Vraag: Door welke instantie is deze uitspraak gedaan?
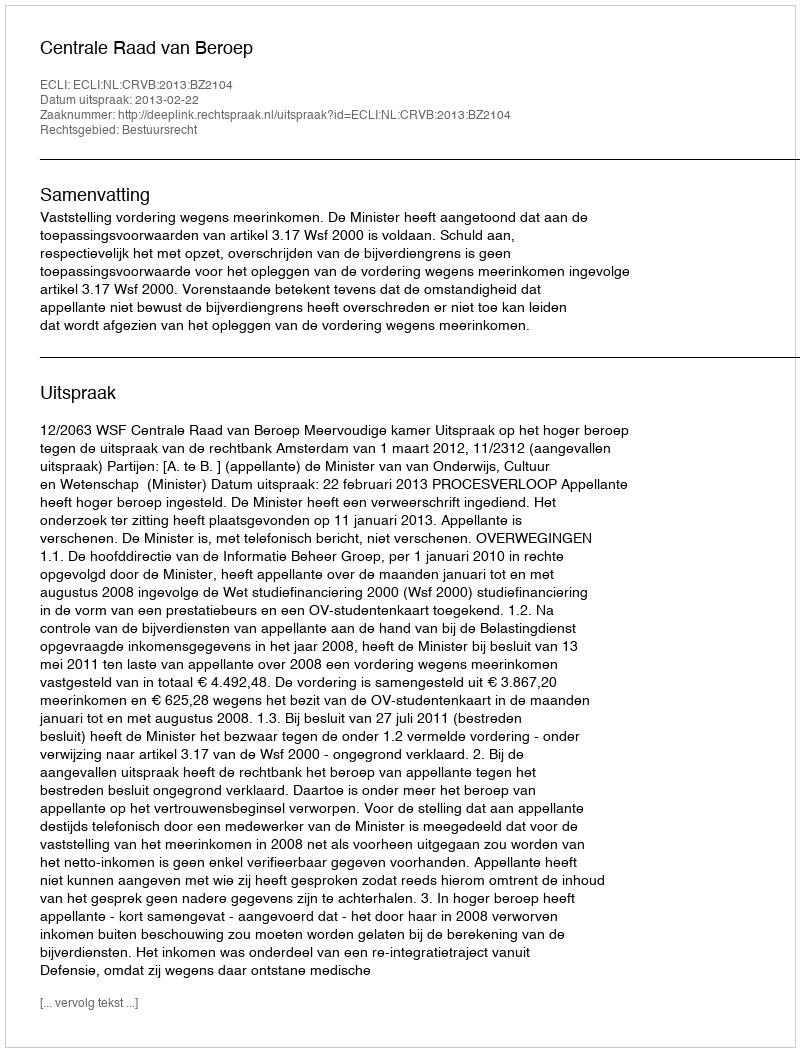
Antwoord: Centrale Raad van Beroep